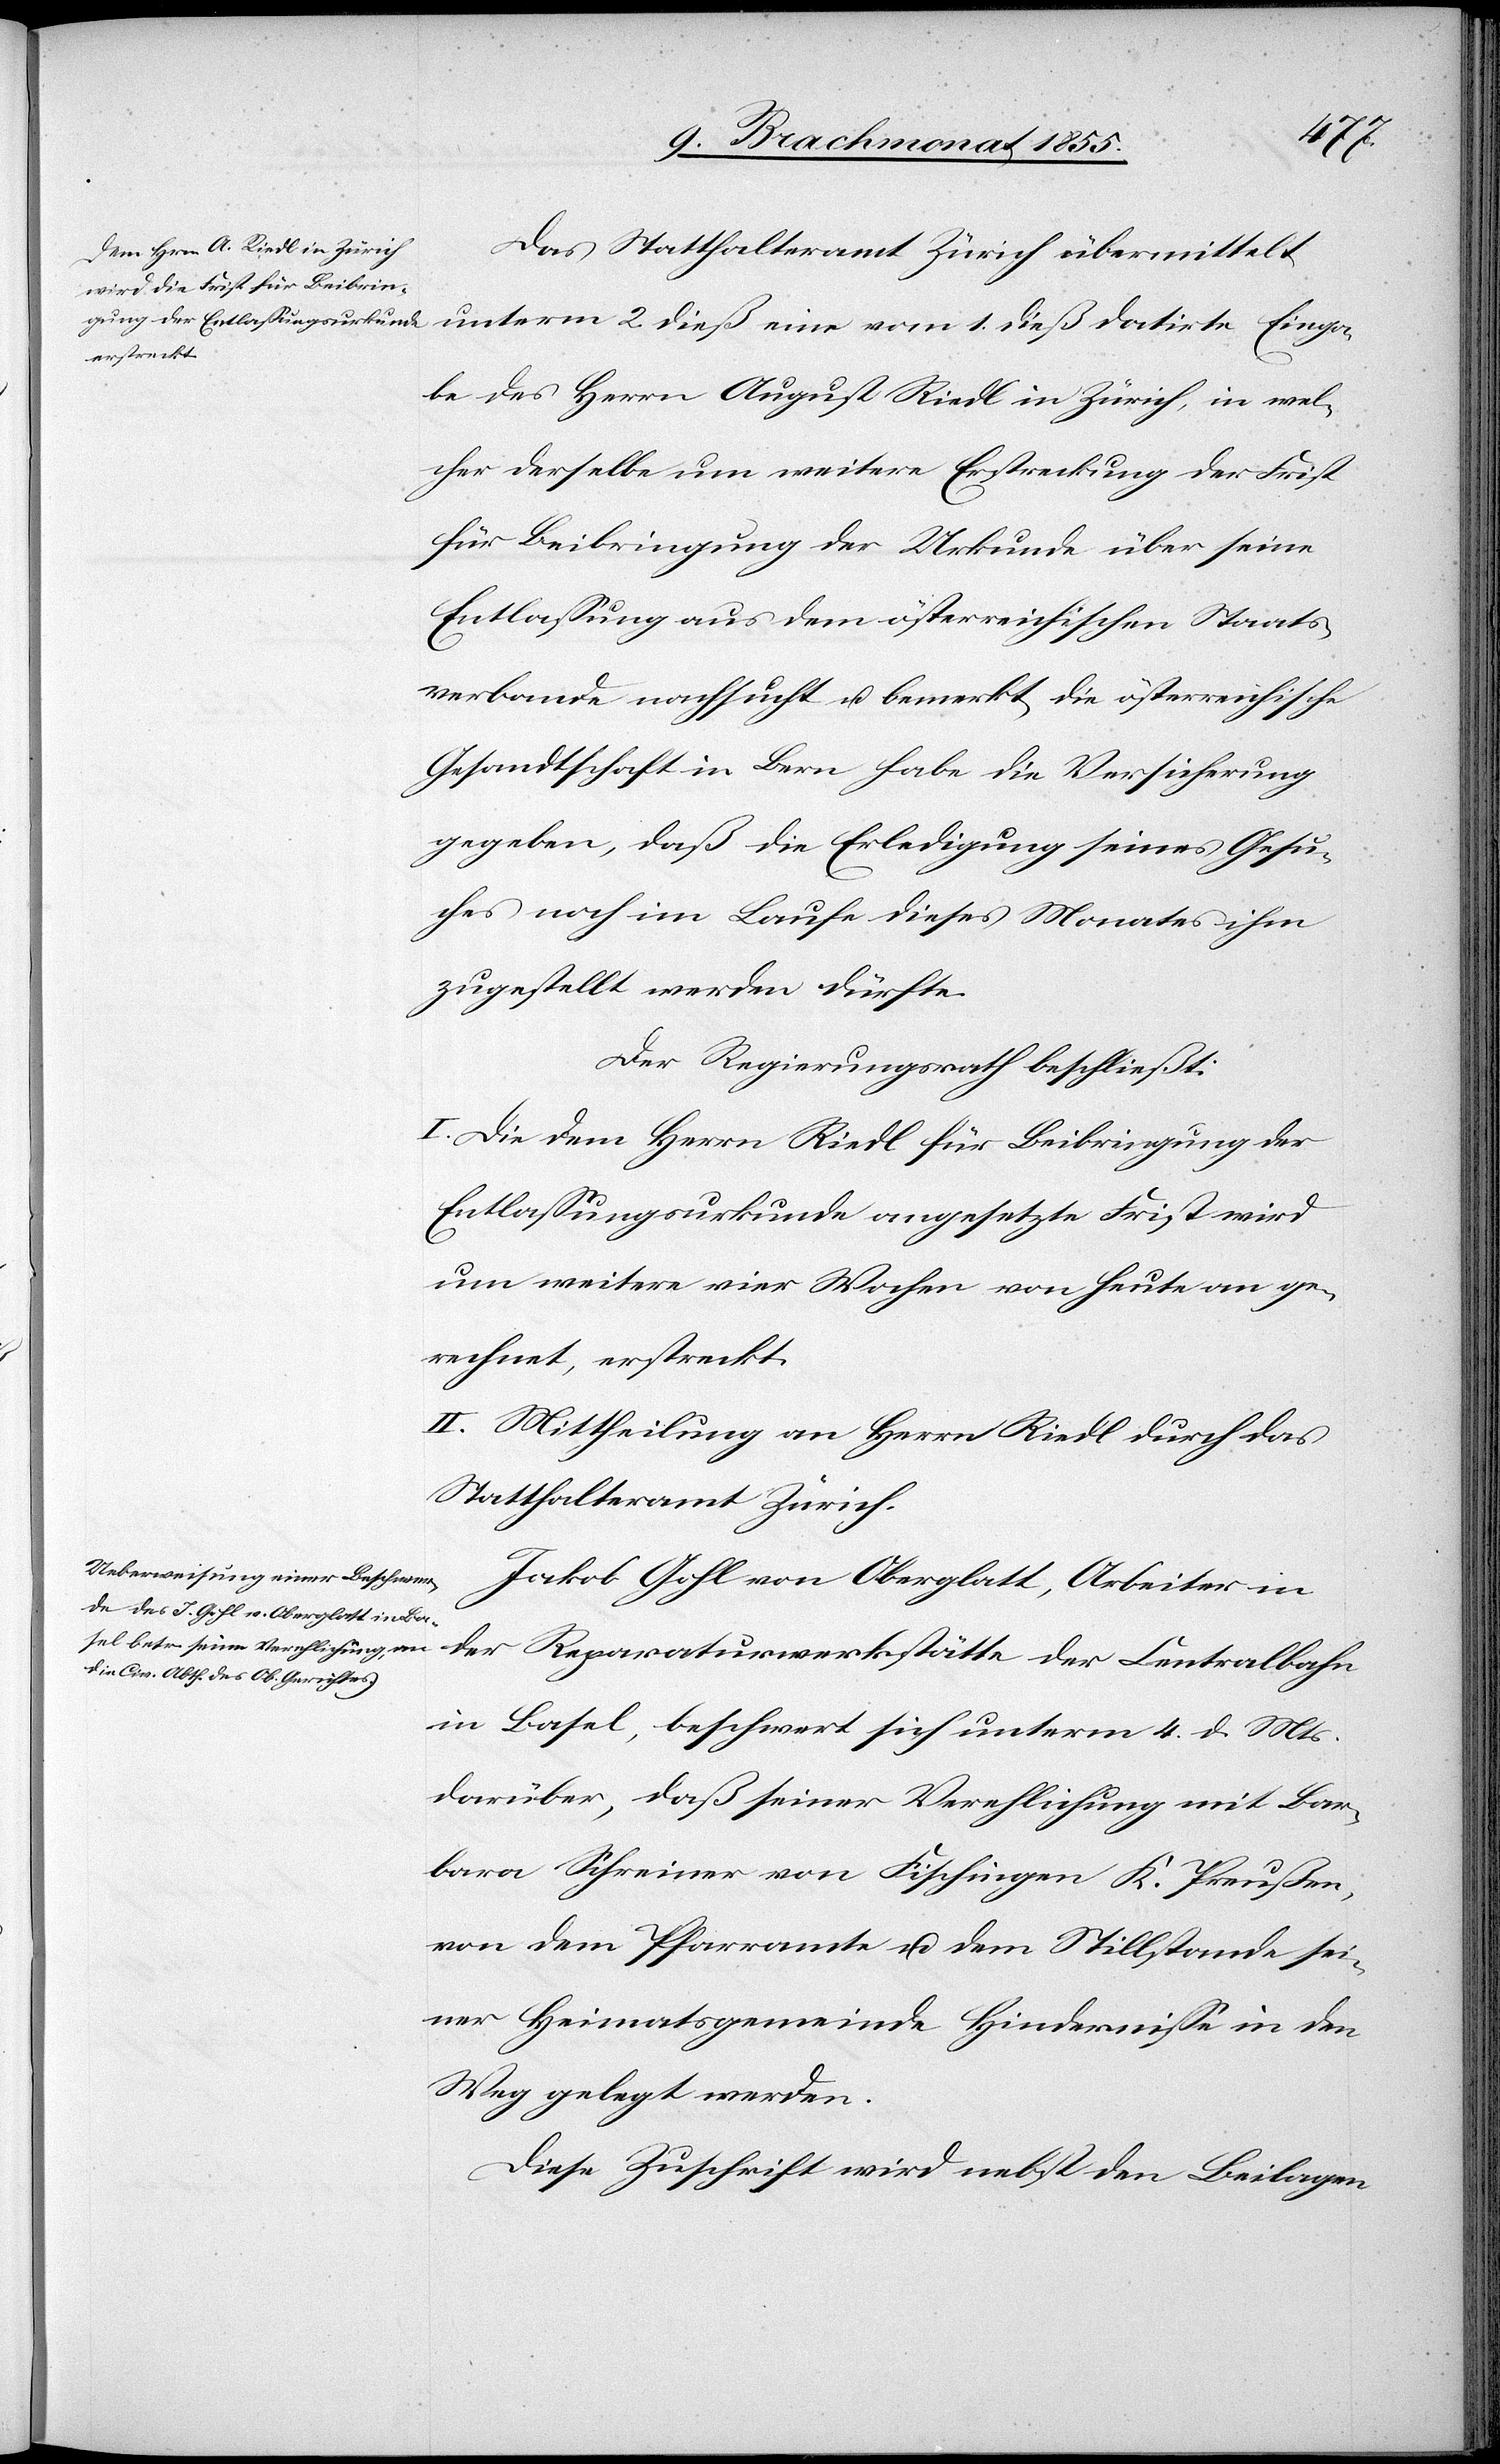
Das Statthalteramt Zürich übermittelt
unterm 2. dieß eine vom 1. dieß datirte Einga¬
be des Herrn August Riedl in Zürich, in wel¬
cher derselbe um weitere Erstreckung der Frist
für Beibringung der Urkunde über seine
Entlassung aus dem österreichischen Staats¬
verbande nachsucht u. bemerkt, die österreichische
Gesandtschaft in Bern habe die Versicherung
gegeben, daß die Erledigung seines Gesu¬
ches noch im Laufe dieses Monates ihm
zugestellt werden dürfte.
Der Regierungsrath beschließt:
I. Die dem Herrn Riedl für Beibringung der
Entlassungsurkunde angesetzte Frist wird
um weitere vier Wochen von heute an ge¬
rechnet, erstreckt.
II. Mittheilung an Herrn Riedl durch das
Statthalteramt Zürich.
Jakob Gohl von Oberglatt, Arbeiter in
in Basel, beschwert sich unterm 4. d. Mts.
darüber, daß seiner Verehlichung mit Bar¬
bara Schreiner von Fischingen K. Preußen,
von dem Pfarramte u. dem Stillstande sei¬
ner Heimatsgemeinde Hindernisse in den
Weg gelegt werden.
Diese Zuschrift wird nebst den Beilagen